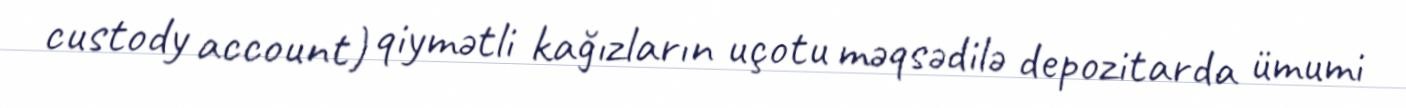
custody account) qiymətli kağızların uçotu məqsədilə depozitarda ümumi